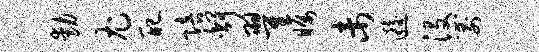
动尤配陪舒翟瞩未逅没箭